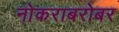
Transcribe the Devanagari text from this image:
नोकराबरोबर